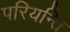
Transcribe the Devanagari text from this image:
परियन्ति